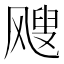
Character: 飕